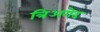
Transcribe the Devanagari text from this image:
त्रिअगेद